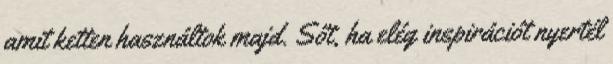
amit ketten használtok majd. Sőt, ha elég inspirációt nyertél